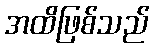
အထိဖြစ်သည်